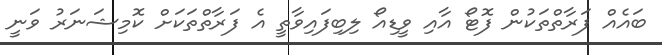
ބައެއް ފަރާތްތަކުން ފޮޓޯ އާއި ވީޑިއޯ ލިބިފައިވާތީ އެ ފަރާތްތަކަށް ކޮމިޝަނަރު ވަނީ